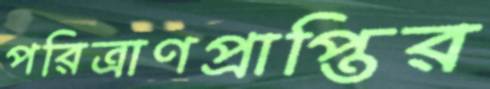
পরিত্রাণপ্রাপ্তির